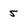
Character: 5